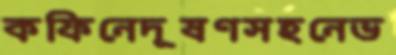
কফিনেদূষণসহনেভ